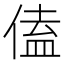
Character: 𪝙